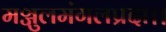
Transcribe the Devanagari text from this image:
मञ्जुलमंगलप्रदा।।